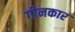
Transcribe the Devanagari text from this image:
गीनकार